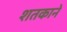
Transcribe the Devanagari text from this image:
शतकाने